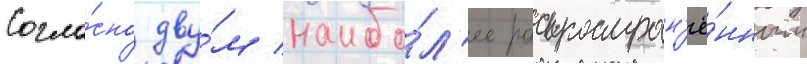
Согла́сно дву́м наибо́л'ее распростран'ё́нным